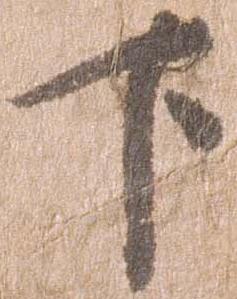
下